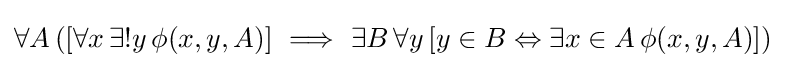
\forall A\,([\forall x\,\exists !y\,\phi (x,y,A)]\ \Longrightarrow \ \exists B\,\forall y\,[y\in B\Leftrightarrow \exists x\in A\,\phi (x,y,A)])